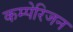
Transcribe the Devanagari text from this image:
कम्पेरिजन